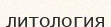
литология